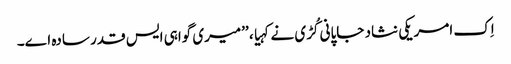
اِک امریکی نثاد جاپانی کُڑی نے کہیا، ’’میری گواہی ایس قدر سادہ اے۔